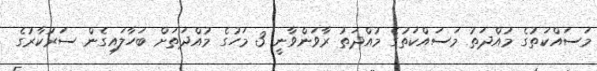
މަސައްކަތުގެ މުއްދަތު މަސައްކަތުގެ މުއްދަތު ރާވަންވާނީ 3 މަހުގެ މުއްދަތަށް ބަހާލައިގެން ސަރުކާރުގެ